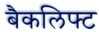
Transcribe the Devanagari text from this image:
बैकलिफ्ट